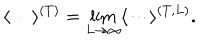
\langle \cdots \rangle ^ { ( T ) } = \lim _ { L \to \infty } \langle \cdots \rangle ^ { ( T , L ) } .